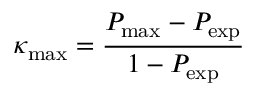
\kappa _ { \operatorname* { m a x } } = { \frac { P _ { \operatorname* { m a x } } - P _ { \exp } } { 1 - P _ { \exp } } }